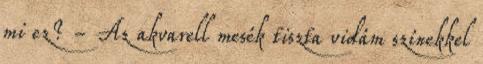
mi ez? - Az akvarell mesék tiszta vidám színekkel